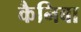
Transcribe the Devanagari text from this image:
कैनिबा